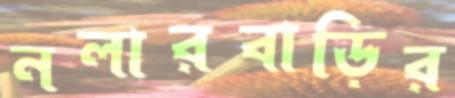
নলারবাড়ির